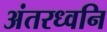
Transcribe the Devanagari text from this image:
अंतरध्वनि